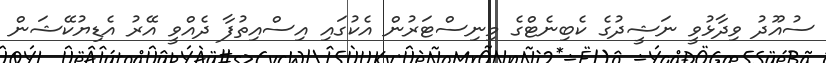
ސުއޫދު ވިދާޅުވީ ނަޝީދުގެ ކެބިނެޓްގެ މިނިސްޓަރުން އެކުގައި އިސްއިތުފާ ދެއްވީ އޭރު އެޑިޔުކޭޝަން